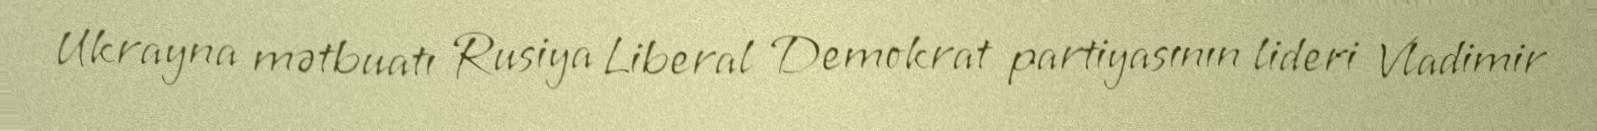
Ukrayna mətbuatı Rusiya Liberal Demokrat partiyasının lideri Vladimir